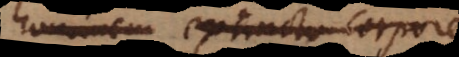
hominem extincto corpore